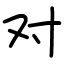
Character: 对